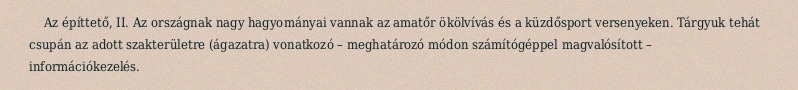
Az építtető, II. Az országnak nagy hagyományai vannak az amatőr ökölvívás és a küzdősport versenyeken. Tárgyuk tehát csupán az adott szakterületre (ágazatra) vonatkozó – meghatározó módon számítógéppel magvalósított – információkezelés.